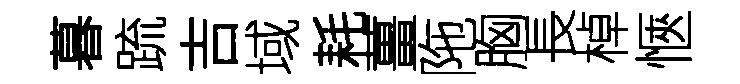
暮䟽吉域耗薑陁胸長棹愜